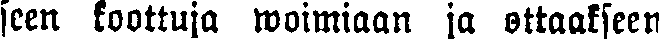
seen koottuja woimiaan ja ottaakseen